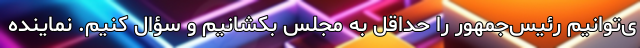
ی‌توانیم رئیس‌جمهور را حداقل به مجلس بکشانیم و سؤال کنیم. نماینده